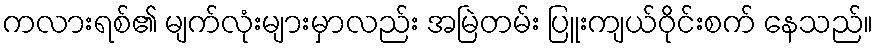
ကလားရစ်၏ မျက်လုံးများမှာလည်း အမြဲတမ်း ပြူးကျယ်ဝိုင်းစက် နေသည်။